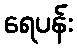
ရေပန်း